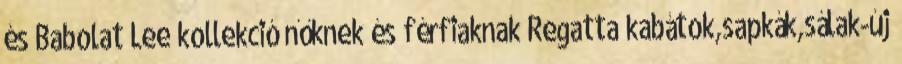
és Babolat Lee kollekció nőknek és férfiaknak Regatta kabátok,sapkák,sálak-új